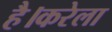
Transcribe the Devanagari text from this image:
है।करेला